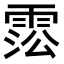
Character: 𩃍